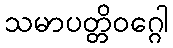
သမာပတ္တိဝဂ္ဂေါ